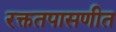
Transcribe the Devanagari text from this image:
रक्ततपासणीत